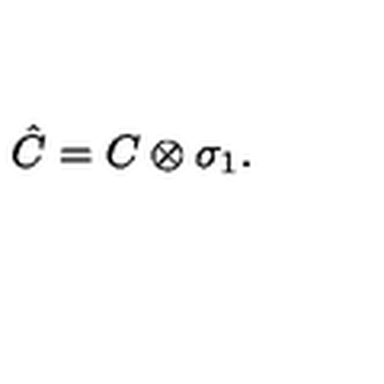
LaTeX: \hat { C } = C \otimes \sigma _ { 1 } .